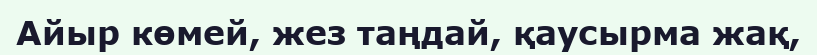
Айыр көмей, жез таңдай, қаусырма жақ,